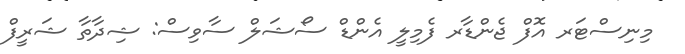
މިނިސްޓަރ އޮފް ޖެންޑާރ ފެމިލީ އެންޑް ސޯޝަލް ސާވިސް: ޝިދާތާ ޝަރީފް